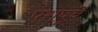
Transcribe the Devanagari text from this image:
परापूर्वे